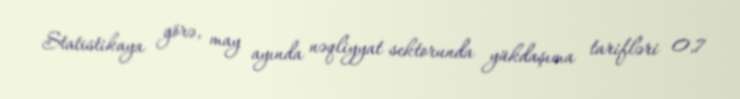
Statistikaya görə, may ayında nəqliyyat sektorunda yükdaşıma tarifləri 0,7